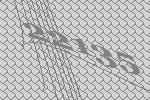
22135